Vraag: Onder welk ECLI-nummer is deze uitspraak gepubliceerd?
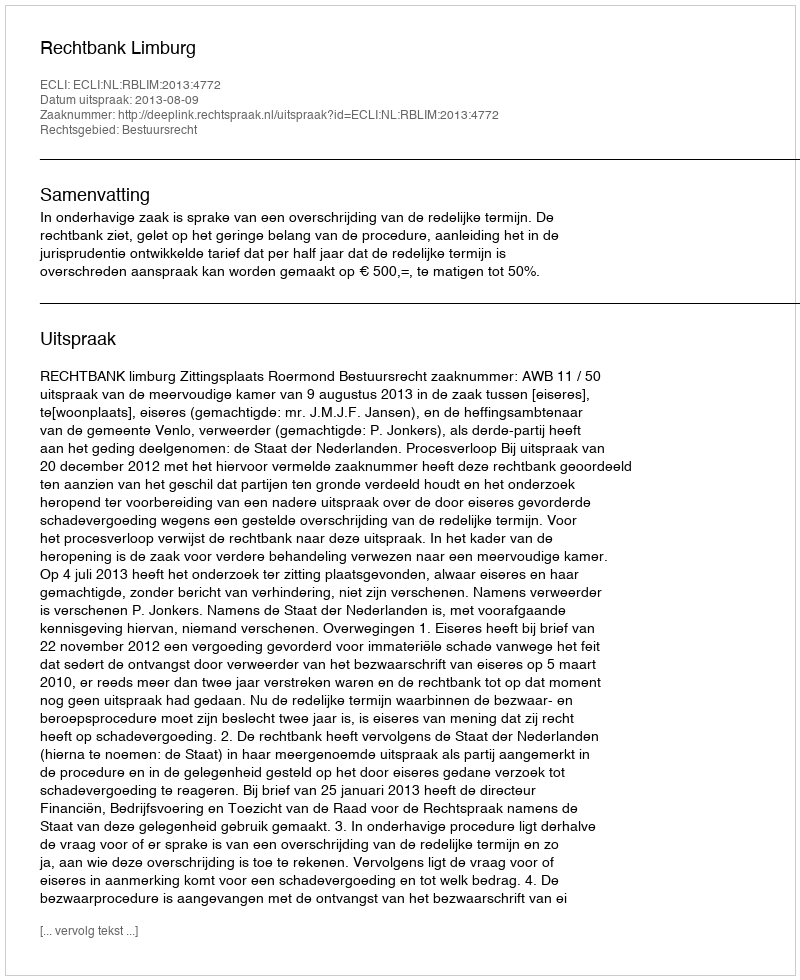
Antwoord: ECLI:NL:RBLIM:2013:4772